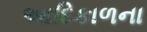
આદિકાળના